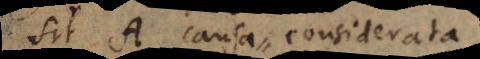
sit A causa considerata